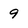
Character: 9